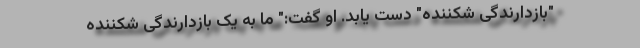
"بازدارندگی شکننده" دست یابد. او گفت:" ما به یک بازدارندگی شکننده